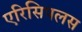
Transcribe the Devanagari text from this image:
एरिसिपलस